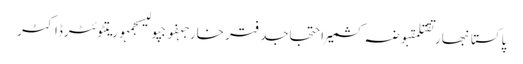
پاکستانبھارتقتلمقبوضہ کشمیراحتجاجدفتر خارجہفوجپولیسجمہوریتٹوئٹرڈاکٹر